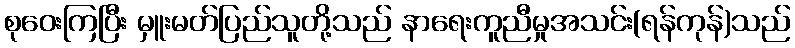
စုဝေးကြပြီး မှူးမတ်ပြည်သူတို့သည် နာရေးကူညီမှုအသင်း(ရန်ကုန်)သည်